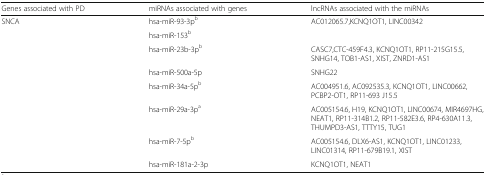
| Genes associated with PD | miRNAs associated with genes | lncRNAs associated with the miRNAs |
 | --- | --- | --- |
 | <ROWSPAN=8> SNCA | hsa-miR-93-3pb | AC012065.7,KCNQ1OT1, LINC00342 |
 | hsa-miR-153b |  |
 | hsa-miR-23b-3pb | CASC7,CTC-459F4.3, KCNQ1OT1, RP11-215G15.5, SNHG14, TOB1-AS1, XIST, ZNRD1-AS1 |
 | hsa-miR-500a-5p | SNHG22 |
 | hsa-miR-34a-5pb | AC004951.6, AC092535.3, KCNQ1OT1, LINC00662, PCBP2-OT1, RP11-693 J15.5 |
 | hsa-miR-29a-3pa | AC005154.6, H19, KCNQ1OT1, LINC00674, MIR4697HG, NEAT1, RP11-314B1.2, RP11-582E3.6, RP4-630A11.3, THUMPD3-AS1, TTTY15, TUG1 |
 | hsa-miR-7-5pb | AC005154.6, DLX6-AS1, KCNQ1OT1, LINC01233, LINC01314, RP11-679B19.1, XIST |
 | hsa-miR-181a-2-3p | KCNQ1OT1, NEAT1 |